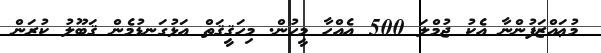
މުޢައްޒަފުންނާ އެކު ޖުމްލަ 500 އެއްހާ މީހުން. މިހަޤީޤަތް އަޅުގަނޑުމެން ޤަބޫލު ކުރަން